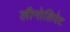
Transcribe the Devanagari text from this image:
लीनोलियेट